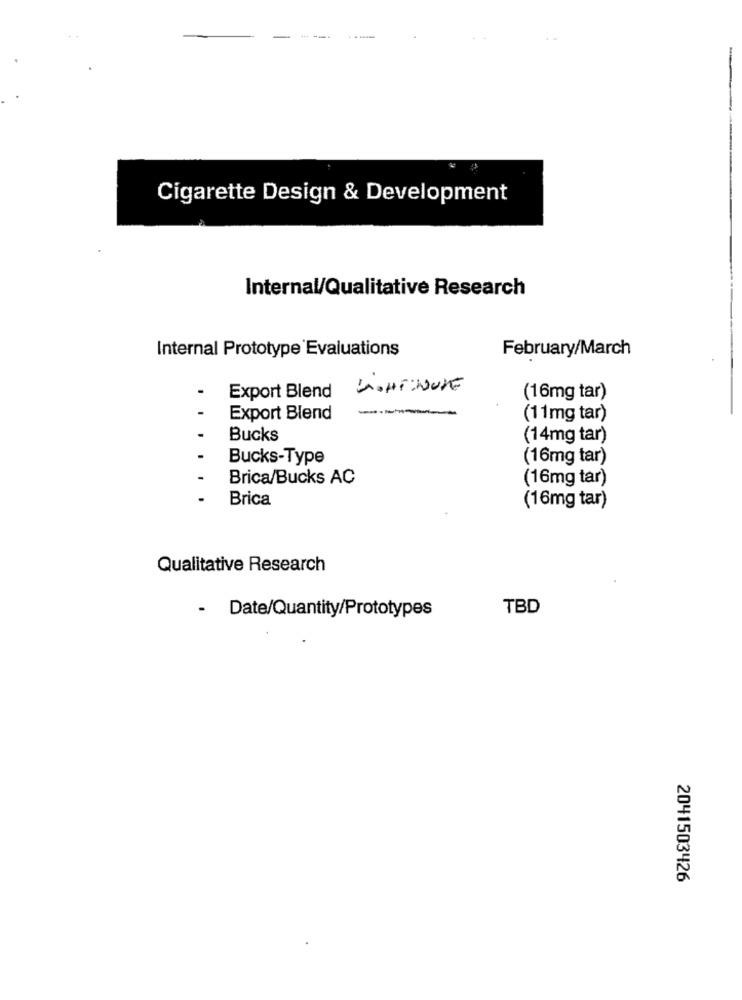
Cigarette Design & Development
Internal/Qualitative Research
Internal Prototype Evaluations
February/March
Export Blend
(16mg tar)
Export Blend
(11mg tar)
-
Bucks
(14mg tar)
.
Bucks-Type
(16mg tar)
-
Brica/Bucks AC
(16mg tar)
-
Brica
(16mg tar)
Qualitative Research
.
Date/Quantity/Prototypes
TBD
2041503426